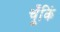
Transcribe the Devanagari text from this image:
चूँकिं